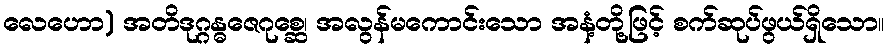
လေဟော) အတိဒုဂ္ဂန္ဓဇေဂုစ္ဆေ၊ အလွန်မကောင်းသော အနံ့တို့ဖြင့် စက်ဆုပ်ဖွယ်ရှိသော။